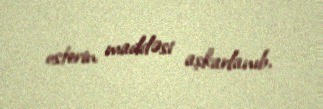
osterin maddəsi aşkarlanıb.